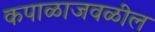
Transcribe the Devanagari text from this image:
कपाळाजवळील